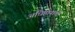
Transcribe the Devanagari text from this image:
अधिष्ठानाची